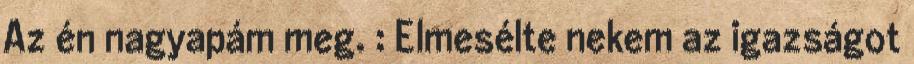
Az én nagyapám meg. : Elmesélte nekem az igazságot